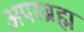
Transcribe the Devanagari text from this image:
अपरब्रह्म